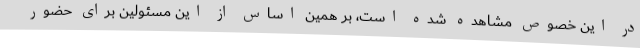
در این خصوص مشاهده شده است، بر همین اساس از این مسئولین برای حضور